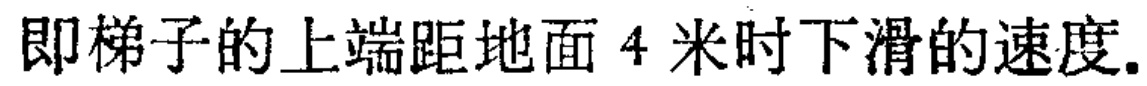
即梯子的上端距地面 4 米时下滑的速度.